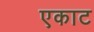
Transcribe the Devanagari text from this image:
एकाट